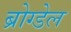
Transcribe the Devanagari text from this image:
ब्रोग्डेल